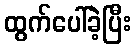
ထွက်ပေါ်ခဲ့ပြီး